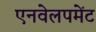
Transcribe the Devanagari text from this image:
एनवेलपमेंट